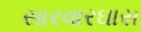
સારવારઘાસ